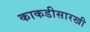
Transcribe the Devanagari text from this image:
काकडीसारखी